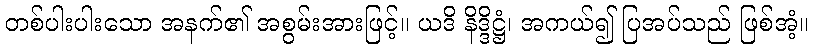
တစ်ပါးပါးသော အနက်၏ အစွမ်းအားဖြင့်။ ယဒိ နိဒ္ဒိဋ္ဌံ၊ အကယ်၍ ပြအပ်သည် ဖြစ်အံ့။